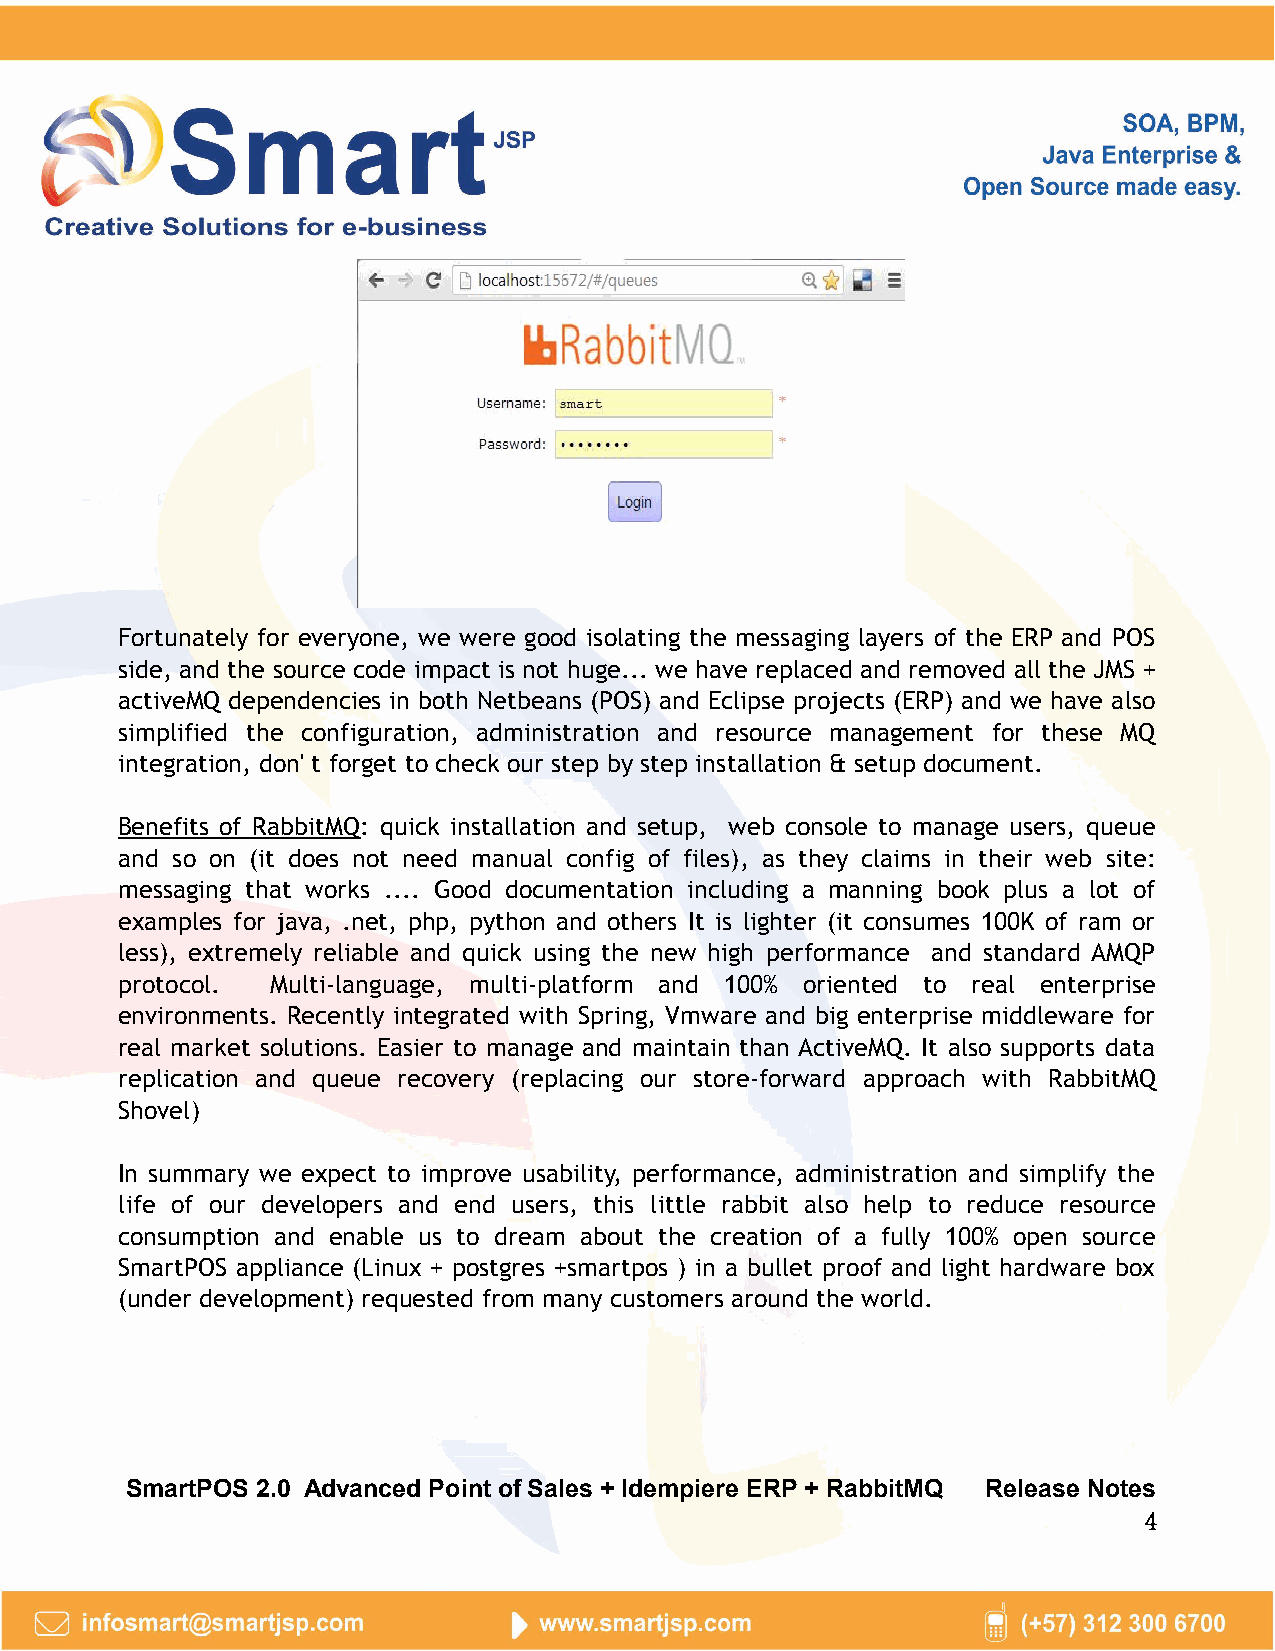
Fortunately for everyone, we were good isolating the messaging layers of the ERP and POS
 side, and the source code impact is not huge... we have replaced and removed all the JMS +
 activeMQ dependencies in both Netbeans (POS) and Eclipse projects (ERP) and we have also
 simplified the configuration, administration and resource management for these MQ
 integration, don' t forget to check our step by step installation & setup document.
 Benefits of RabbitMQ: quick installation and setup, web console to manage users, queue
 and so on (it does not need manual config of files), as they claims in their web site:
 messaging that works .... Good documentation including a manning book plus a lot of
 examples for java, .net, php, python and others It is lighter (it consumes 100K of ram or
 less), extremely reliable and quick using the new high performance and standard AMQP
 protocol. Multi-language, multi-platform and 100% oriented to real enterprise
 environments. Recently integrated with Spring, Vmware and big enterprise middleware for
 real market solutions. Easier to manage and maintain than ActiveMQ. It also supports data
 replication and queue recovery (replacing our store-forward approach with RabbitMQ
 Shovel)
 In summary we expect to improve usability, performance, administration and simplify the
 life of our developers and end users, this little rabbit also help to reduce resource
 consumption and enable us to dream about the creation of a fully 100% open source
 SmartPOS appliance (Linux + postgres +smartpos ) in a bullet proof and light hardware box
 (under development) requested from many customers around the world.
 SmartPOS 2.0 Advanced Point of Sales + Idempiere ERP + RabbitMQ Release Notes
 4